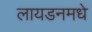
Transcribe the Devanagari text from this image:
लायडनमधे